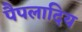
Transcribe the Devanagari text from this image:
पैपलादिय